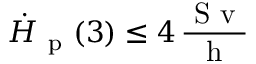
\Dot { H } _ { \mathrm { ~ p ~ } } ( 3 ) \leq 4 \, \frac { \mathrm { ~ S ~ v ~ } } { \mathrm { ~ h ~ } }